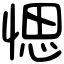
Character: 愢